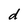
Character: d